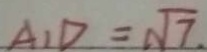
A _ { 1 } D = \sqrt { 7 }